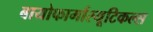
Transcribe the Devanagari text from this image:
बायोफार्मास्यूटिकल्स